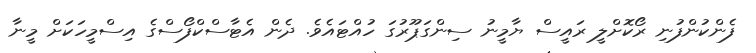
ފެންކުންފުނި ރޯކޮށްލީ ރައީސް ޔާމީނު ސިންގަޕޫރުގަ ހުއްޓައެވެ. ދެން އެޓާސްކްފޯސްގެ އިސްމީހަކަށް މީނާ